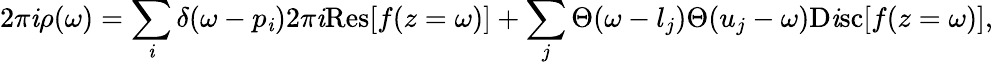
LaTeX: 2\pi\mathit{i}\rho(\omega)=\sum_{\mathit{i}}\delta(\omega-p_{\mathit{i}})2\pi\mathit{i}\mathrm{{Res}}[f(z=\omega)]+\sum_{j}\Theta(\omega-l_{j})\Theta(u_{j}-\omega)\mathrm{{D\mathit{i}sc}}[f(z=\omega)],